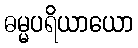
ဓမ္မပရိယာယော